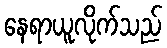
နေရာယူလိုက်သည်